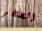
الصخر